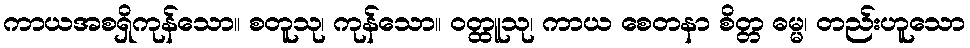
ကာယအစရှိကုန်သော။ စတူသု၊ ကုန်သော။ ဝတ္ထူသု၊ ကာယ စေတနာ စိတ္တ ဓမ္မ၊ တည်းဟူသော